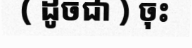
( ដូចជា ) ចុះ